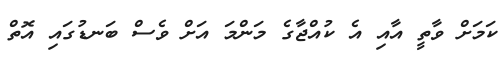
ކަމަށް ވާތީ އާއި އެ ކުއްޖާގެ މަންމަ އަށް ވެސް ބަނޑުގައި އޮތް